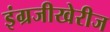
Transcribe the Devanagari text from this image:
इंग्रजीखेरीज